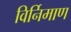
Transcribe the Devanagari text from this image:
विर्निमाण